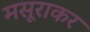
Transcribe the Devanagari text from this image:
मसूराकर